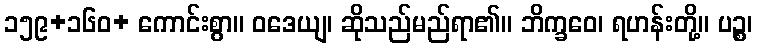
၁၅၉+၁၆၀+ ကောင်းစွာ။ ဝဒေယျ၊ ဆိုသည်မည်ရာ၏။ ဘိက္ခဝေ၊ ရဟန်းတို့။ ပဉ္စ၊